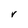
Character: V